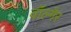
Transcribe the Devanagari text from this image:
वॉल्गैर